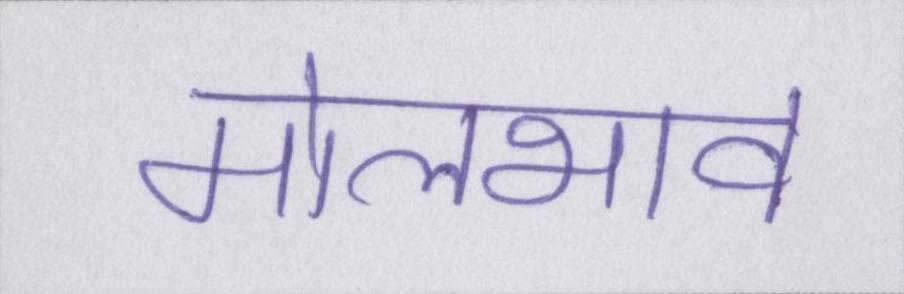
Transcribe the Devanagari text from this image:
मोलभाव